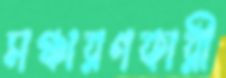
সঞ্চারণকারী